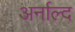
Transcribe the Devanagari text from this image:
अर्नाल्द